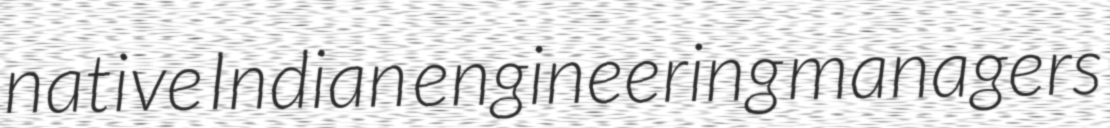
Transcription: native Indian engineering managers